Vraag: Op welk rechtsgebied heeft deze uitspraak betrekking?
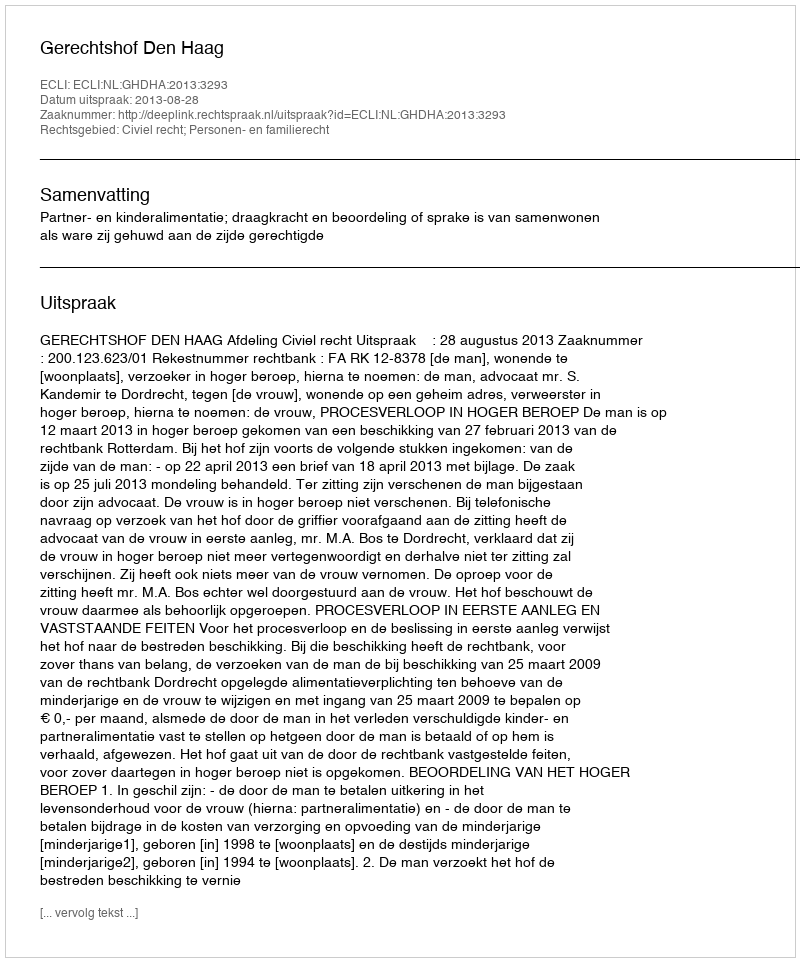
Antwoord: Civiel recht; Personen- en familierecht